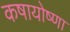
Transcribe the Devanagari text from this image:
कषायोष्णा